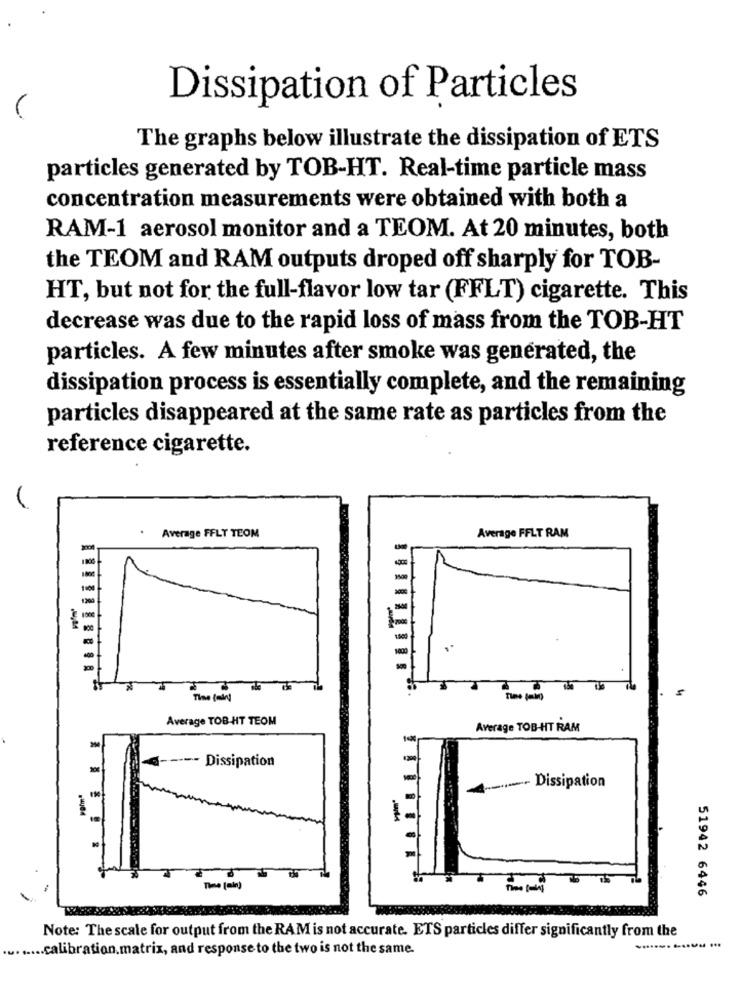
Dissipation of Particles
The graphs below illustrate the dissipation of ETS
particles generated by TOB-HT. Real-time particle mass
concentration measurements were obtained with both a
RAM-1 aerosol monitor and a TEOM. At 20 minutes, both
the TEOM and RAM outputs droped off sharply for TOB-
HT, but not for the full-flavor low tar (FFLT) cigarette. This
decrease was due to the rapid loss of mass from the TOB-HT
particles. A few minutes after smoke was generated, the
dissipation process is essentially complete, and the remaining
particles disappeared at the same rate as particles from the
reference cigarette.
. Average FFLT TEOM
Average FFLT RAM
de de
Average TOB-HT TEOM
Average TOB-HT RAM
----- Dissipation
---- Dissipation
51942 6446
Note: The scale for output from the RAM is not accurate. ETS particles differ significantly from the
........ calibration.matrix, and response to the two is not the same.